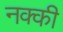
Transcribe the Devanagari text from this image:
नक्‍की